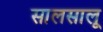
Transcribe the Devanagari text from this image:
सालसालू